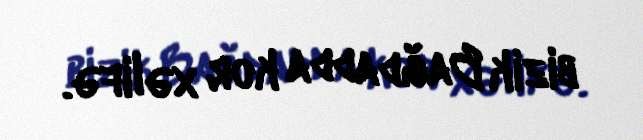
bizik Bağdadda kor xəlifə.